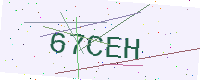
Text: 67CEH